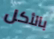
بالأكل